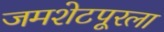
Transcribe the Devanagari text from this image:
जमशेटपूरला